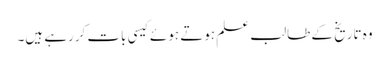
وہ تاریخ کے طالب علم ہوتے ہوئے کیسی بات کررہے ہیں۔